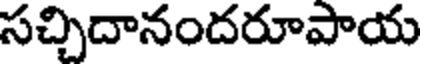
సచ్చిదానందరూపాయ